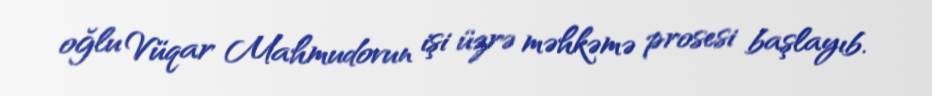
oğlu Vüqar Mahmudovun işi üzrə məhkəmə prosesi başlayıb.